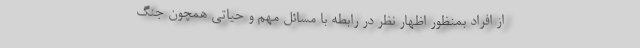
از افراد بمنظور اظهار نظر در رابطه با مسائل مهم و حیاتی همچون جنگ